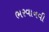
ભરવાનવી